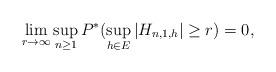
LaTeX: \begin{align*}\lim_{r \rightarrow \infty} \sup_{n \ge 1}P^{*}( \sup_{h \in E}|H_{n,1,h}| \ge r) =0, \end{align*}